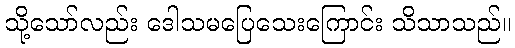
သို့သော်လည်း ဒေါသမပြေသေးကြောင်း သိသာသည်။